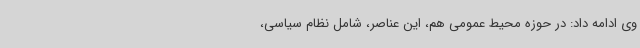
وی ادامه داد: در حوزه محیط عمومی هم، این عناصر، شامل نظام سیاسی،